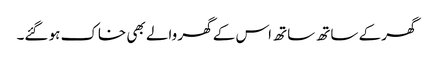
گھر کے ساتھ ساتھ اس کے گھر والے بھی خاک ہو گئے۔